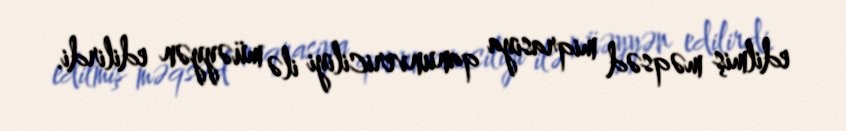
edilmiş məqsəd miqrasiya qanunvericiliyi ilə müəyyən edilirdi.